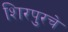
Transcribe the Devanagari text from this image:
शिरपुरचे